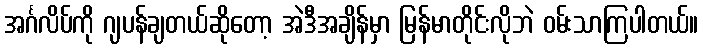
အင်္ဂလိပ်ကို ဂျပန်ချတယ်ဆိုတော့ အဲဒီအချိန်မှာ မြန်မာတိုင်းလိုဘဲ ဝမ်းသာကြပါတယ်။